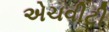
એચવીટી